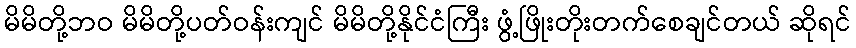
မိမိတို့ဘဝ မိမိတို့ပတ်ဝန်းကျင် မိမိတို့နိုင်ငံကြီး ဖွံ့ဖြိုးတိုးတက်စေချင်တယ် ဆိုရင်